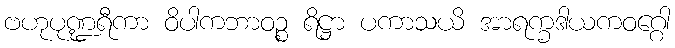
ဗဟုပုဏ္ဍရီကာ ဝိပါကဘာဝဉ္စ ရိဋ္ဌာ ပကာသယိ အာရက္ခဒါယကဝဂ္ဂေါ